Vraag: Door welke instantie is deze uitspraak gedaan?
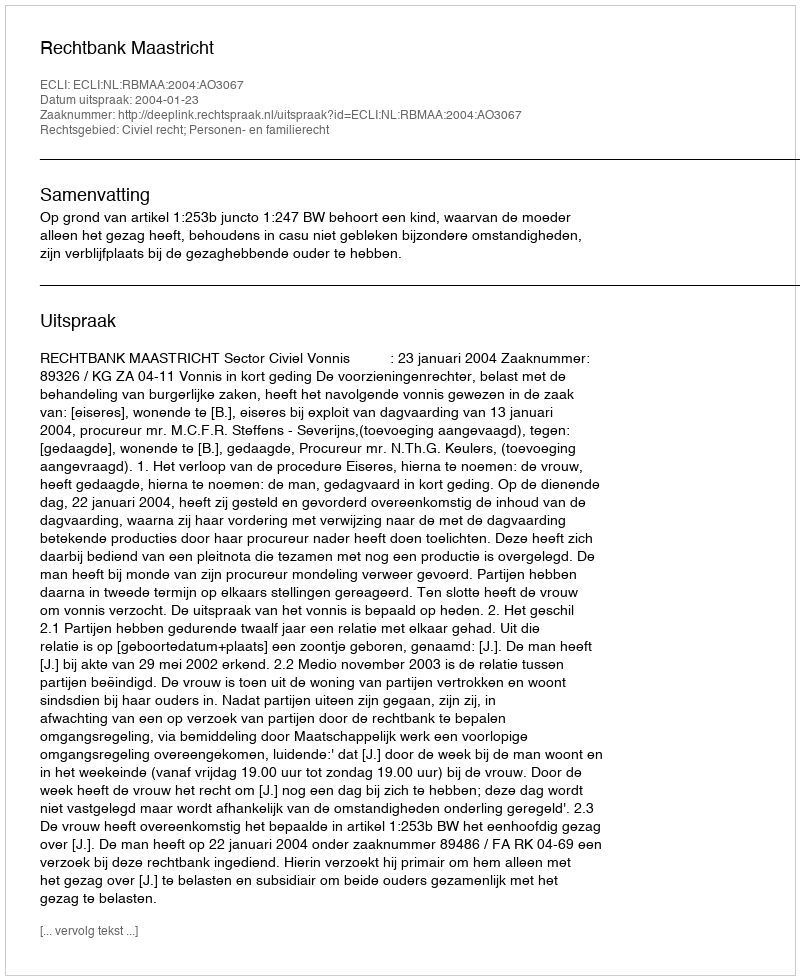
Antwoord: Rechtbank Maastricht